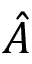
\hat { A }